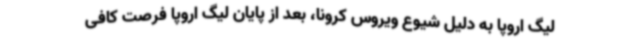
لیگ اروپا به دلیل شیوع ویروس کرونا، بعد از پایان لیگ اروپا فرصت کافی